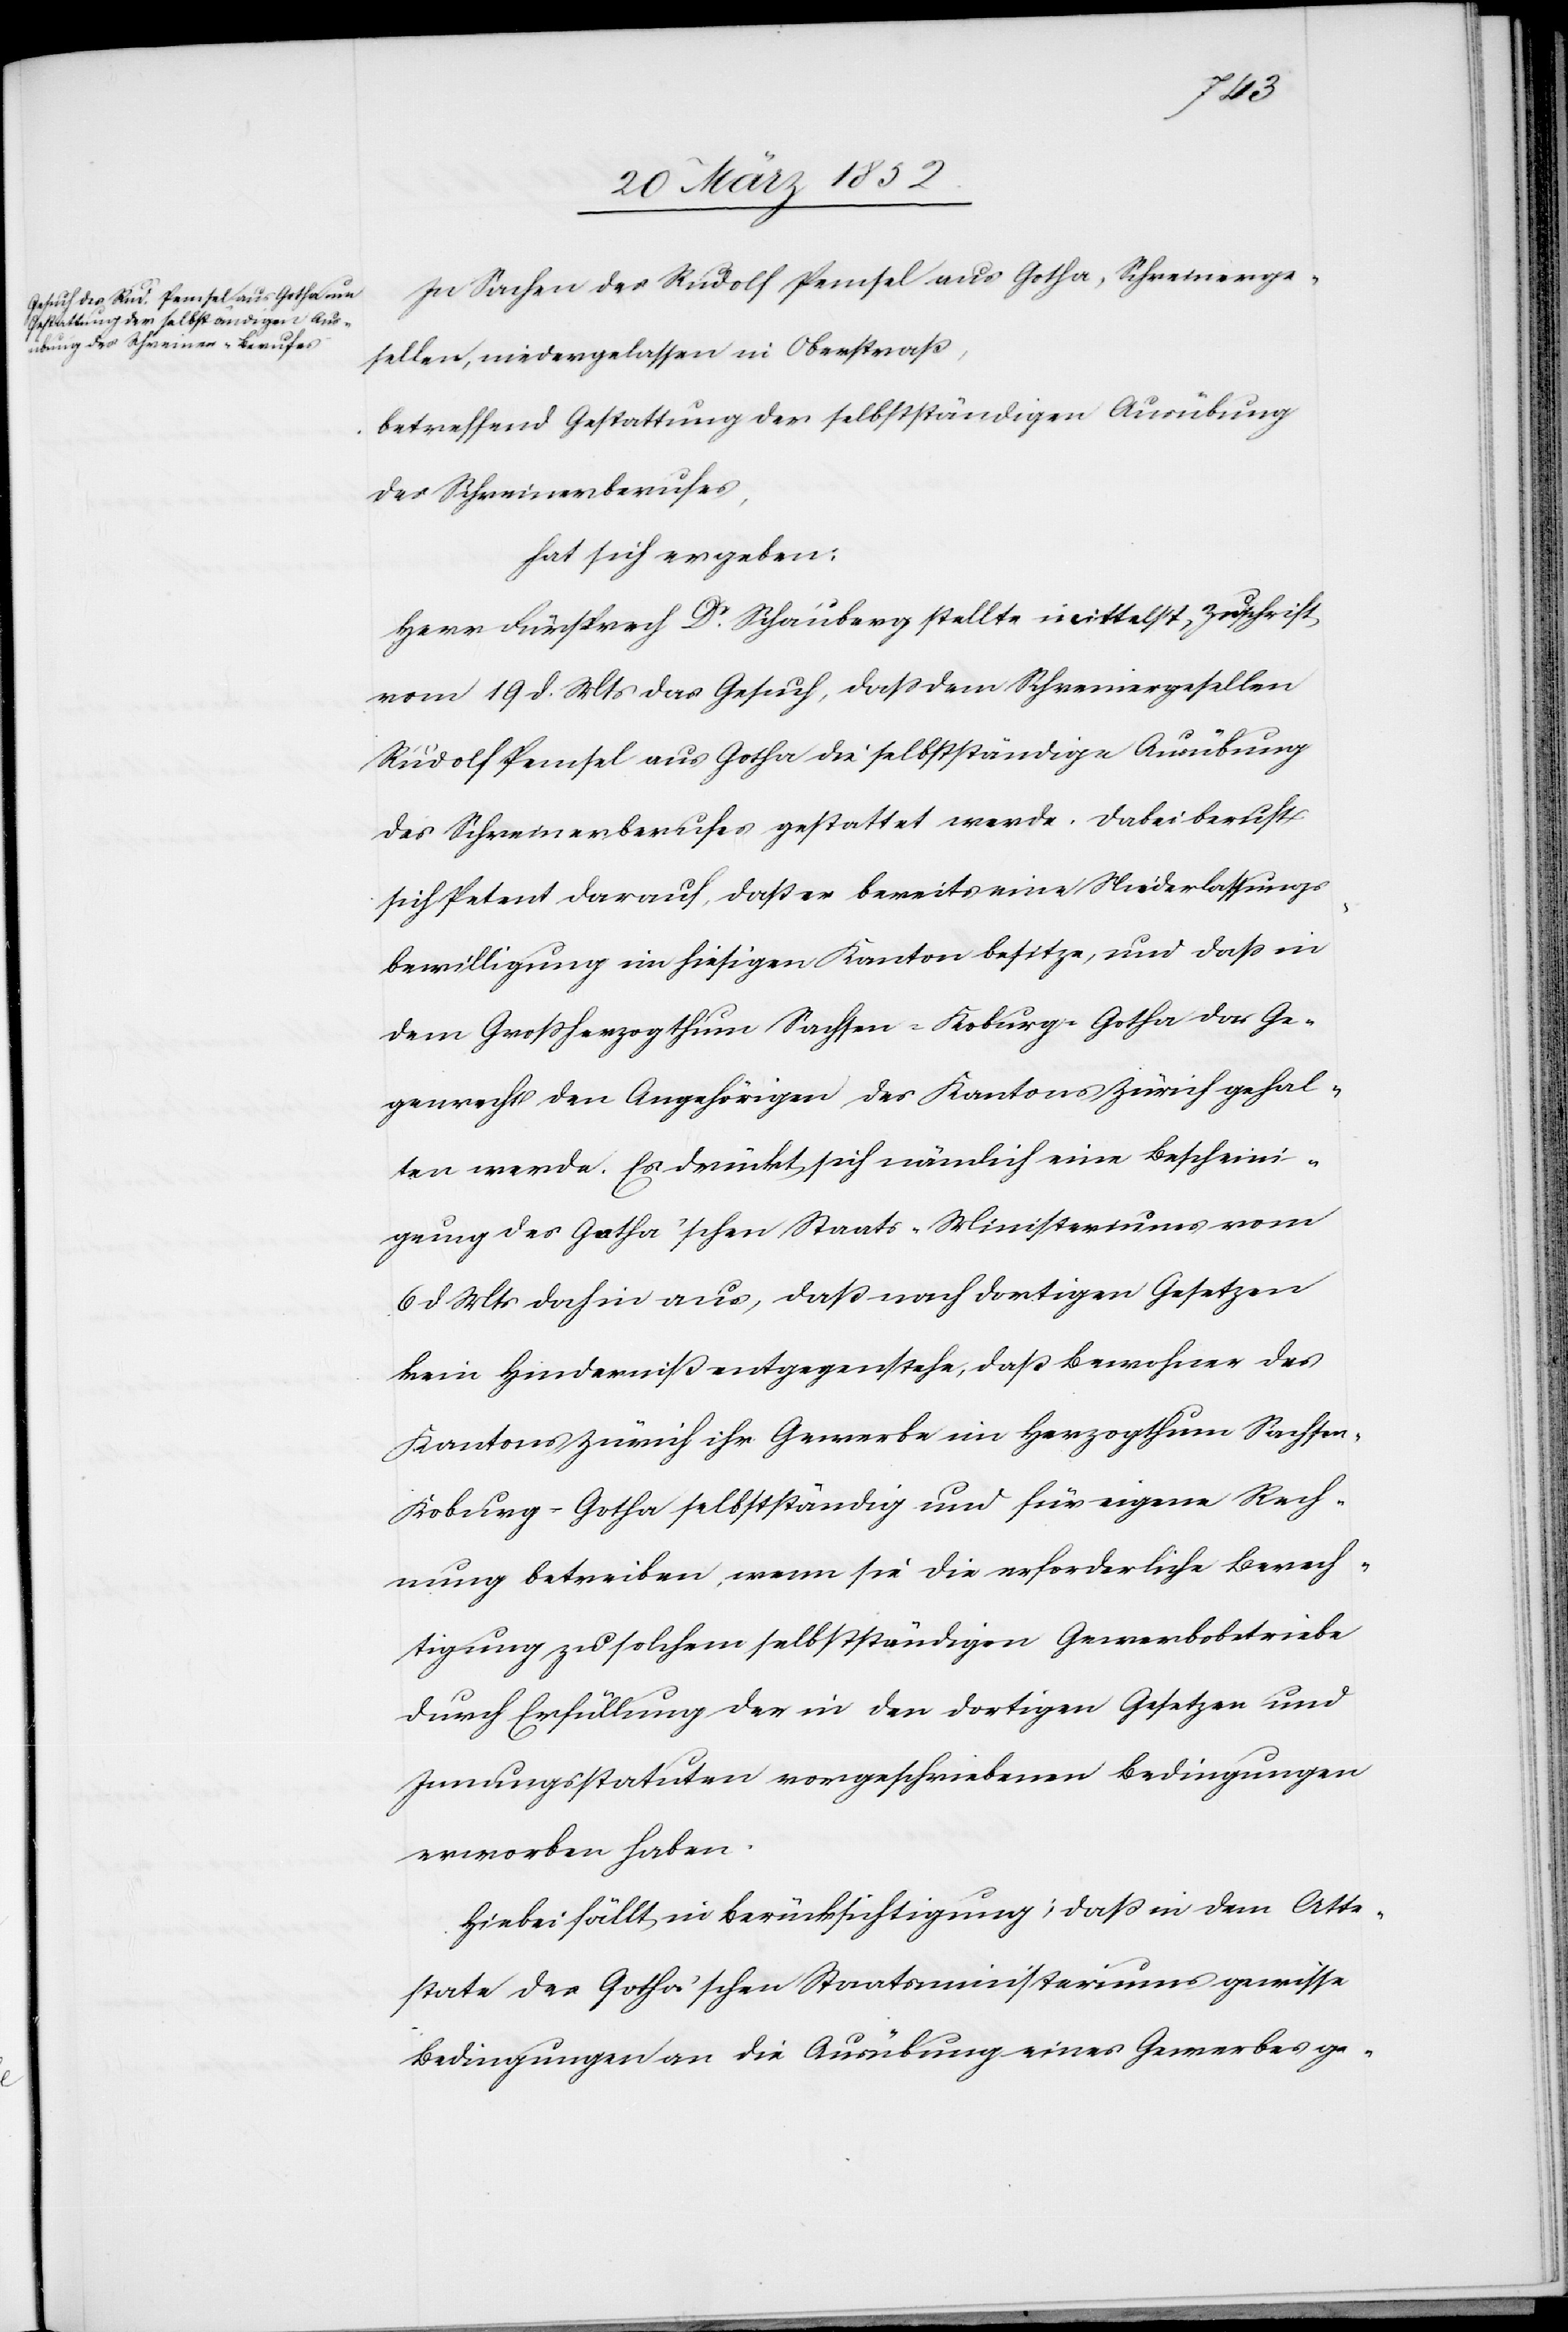
In Sachen des Rudolf Pemsel aus Gotha, Schreinerge¬
sellen, niedergelassen in Oberstraß,
betreffend Gestattung der selbständigen Ausübung
des Schreinerberufes,
hat sich ergeben:
Herr Fürsprech Dr Schauberg stellte mittelst Zuschrift
vom 19 d. Mts das Gesuch, daß dem Schreinergesellen
Rudolf Pemsel aus Gotha die selbständige Ausübung
des Schreinerberufes gestattet werde. Dabei beruft
sich Petent darauf, daß er bereits eine Niederlassungs¬
bewilligung im hiesigen Kanton besitze, und daß in
dem Großherzogthum Sachsen-Koburg-Gotha das Ge¬
genrecht den Angehörigen des Kantons Zürich gehal¬
ten werde. Es drückt sich nämlich eine Bescheini¬
gung des Gotha’schen Staats-Ministeriums vom
6 d. Mts dahin aus, daß nach dortigen Gesetzen
kein Hinderniß entgegenstehe, daß Bewohner des
Kantons Zürich ihre Gewerbe im Herzogthum Sachsen-K¬
oburg-Gotha selbständig und für eigene Rech¬
nung betreiben, wenn sie die erforderliche Berech¬
tigung zu solchem selbständigen Gewerbstriebe
durch Erfüllung der in den dortigen Gesetzen und
Innungsstatuten vorgeschriebenen Bedingungen
erworben haben.
Hiebei fällt in Berücksichtigung, daß in dem Atte¬
state des Gotha’schen Staatsministeriums gewisse
Bedingungen an die Ausübung eines Gewerbes ge-